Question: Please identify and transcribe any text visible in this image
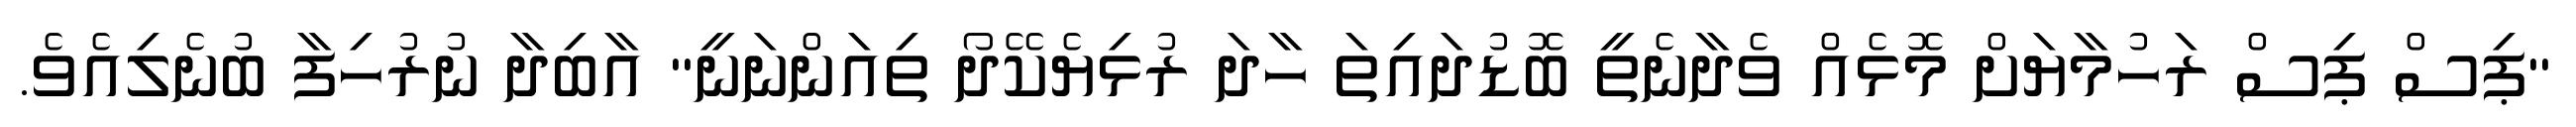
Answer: "ޕިސް ޕިސް ރަހުމާޔަށް މޮޅެއް ވެދާނެތީ ބޮޑުދައިތަ ހާދަ ރުޅިޔެކޭދޯ ތިއަންނަނީ" އާބިދާ ނުރުހިފާ ބުނެލިއެވެ.